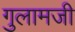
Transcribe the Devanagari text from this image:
गुलामजी